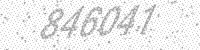
Solution: 846041